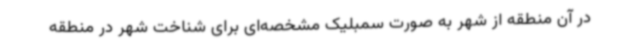
در آن منطقه از شهر به صورت سمبلیک مشخصه‌ای برای شناخت شهر در منطقه